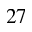
^ { 2 7 }